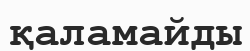
қаламайды